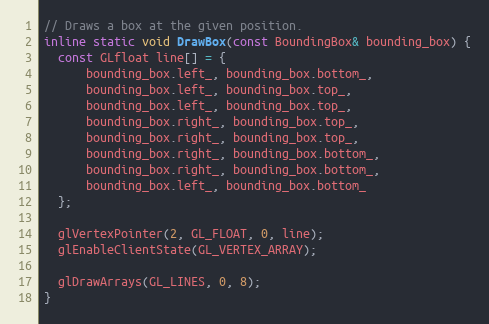
Language: C
// Draws a box at the given position.
inline static void DrawBox(const BoundingBox& bounding_box) {
  const GLfloat line[] = {
      bounding_box.left_, bounding_box.bottom_,
      bounding_box.left_, bounding_box.top_,
      bounding_box.left_, bounding_box.top_,
      bounding_box.right_, bounding_box.top_,
      bounding_box.right_, bounding_box.top_,
      bounding_box.right_, bounding_box.bottom_,
      bounding_box.right_, bounding_box.bottom_,
      bounding_box.left_, bounding_box.bottom_
  };

  glVertexPointer(2, GL_FLOAT, 0, line);
  glEnableClientState(GL_VERTEX_ARRAY);

  glDrawArrays(GL_LINES, 0, 8);
}